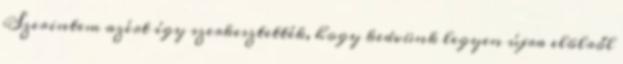
Szerintem azért így szerkesztették, hogy kedvünk legyen újra elölről